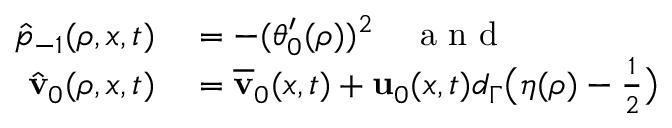
\begin{array} { r l } { \hat { p } _ { - 1 } ( \rho , x , t ) } & { { } = - ( \theta _ { 0 } ^ { \prime } ( \rho ) ) ^ { 2 } \quad \mathrm { ~ a ~ n ~ d ~ } } \\ { \hat { \mathbf { v } } _ { 0 } ( \rho , x , t ) } & { { } = \overline { { \mathbf { v } } } _ { 0 } ( x , t ) + \mathbf { u } _ { 0 } ( x , t ) d _ { \Gamma } \big ( \eta ( \rho ) - \frac { 1 } { 2 } \big ) } \end{array}